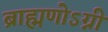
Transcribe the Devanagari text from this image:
ब्राह्मणोऽग्नी